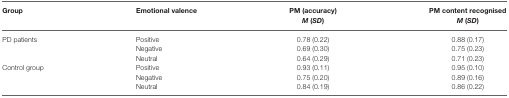
<table><thead><tr><td><b>Group</b></td><td><b>Emotional valence</b></td><td><b>PM (accuracy) <i>M (SD)</i></b></td><td><b>PM content recognised <i>M (SD)</i></b></td></tr></thead><tbody><tr><td>PD patients</td><td>Positive</td><td>0.78 (0.22)</td><td>0.88 (0.17)</td></tr><tr><td></td><td>Negative</td><td>0.69 (0.30)</td><td>0.75 (0.23)</td></tr><tr><td></td><td>Neutral</td><td>0.64 (0.29)</td><td>0.71 (0.23)</td></tr><tr><td>Control group</td><td>Positive</td><td>0.93 (0.11)</td><td>0.95 (0.10)</td></tr><tr><td></td><td>Negative</td><td>0.75 (0.20)</td><td>0.89 (0.16)</td></tr><tr><td></td><td>Neutral</td><td>0.84 (0.19)</td><td>0.86 (0.22)</td></tr></tbody></table>